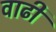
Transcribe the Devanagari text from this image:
वाढी